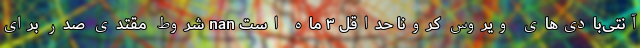
آنتی‌بادی‌های ویروس کرونا حداقل ۳ ماه است nan شروط مقتدی صدر برای